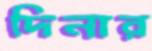
দিনার